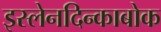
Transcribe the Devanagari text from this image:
इस्लेनदिन्काबोक